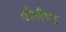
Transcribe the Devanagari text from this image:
पौलैण्ड